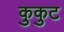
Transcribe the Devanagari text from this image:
कुकुट